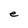
Character: e